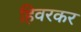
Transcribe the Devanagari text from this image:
हिवरकर